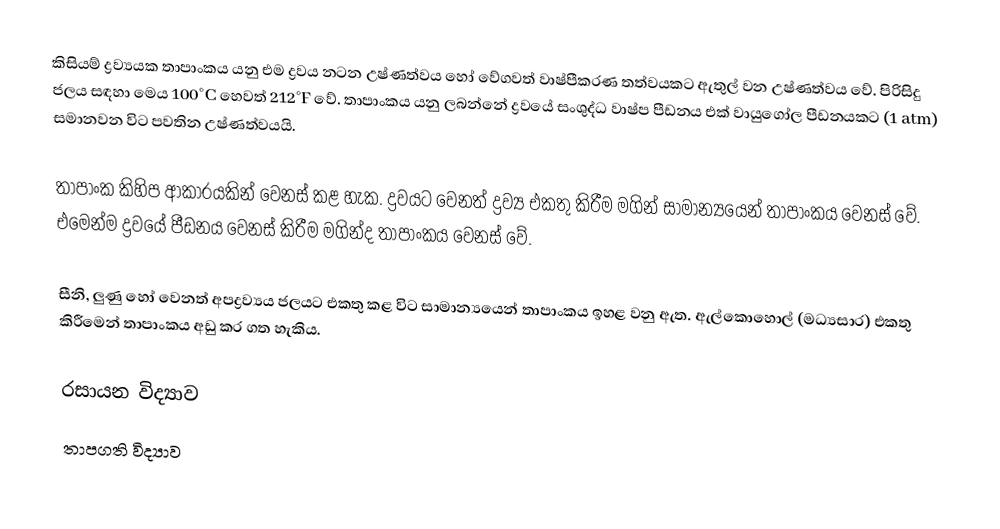
කිසියම් ද්‍රව්‍යයක තාපාංකය යනු එම ද්‍රවය නටන උෂ්ණත්වය හෝ වේගවත් වාෂ්පීකරණ තත්වයකට ඇතුල් වන උෂ්ණත්වය වේ. පිරිසිදු ජලය සඳහා මෙය 100°C හෙවත්  212°F වේ. තාපාංකය යනු ලබන්නේ ද්‍රවයේ සංශුද්ධ වාෂ්ප පීඩනය එක් වායුගෝල පීඩනයකට (1 atm) සමානවන විට පවතින උෂ්ණත්වයයි.

තාපාංක කිහිප ආකාරයකින් වෙනස් කළ හැක. ද්‍රවයට වෙනත් ද්‍රව්‍ය එකතු කිරීම මගින් සාමාන්‍යයෙන් තාපාංකය වෙනස් වේ. එමෙන්ම ද්‍රවයේ පීඩනය වෙනස් කිරීම මගින්ද තාපාංකය වෙනස් වේ.

සීනි, ලුණු හෝ වෙනත් අපද්‍රව්‍යය ජලයට එකතු කළ විට සාමාන්‍යයෙන් තාපාංකය ඉහළ වනු ඇත. ඇල්කොහොල් (මධ්‍යසාර) එකතු කිරීමෙන් තාපාංකය අඩු කර ගත හැකිය.

රසායන විද්‍යාව
තාපගති විද්‍යාව